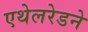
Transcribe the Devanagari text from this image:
एथेलरेडने